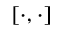
[ \cdot , \cdot ]